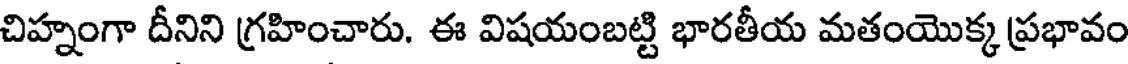
చిహ్నంగా దీనిని గ్రహించారు. ఈ విషయంబట్టి భారతీయ మతంయొక్క ప్రభావం